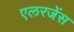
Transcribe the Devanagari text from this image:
एलरजेंस